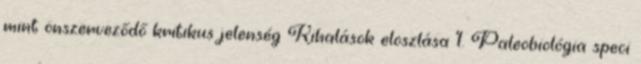
mint önszerveződő kritikus jelenség Kihalások eloszlása 1. Paleobiológia speci